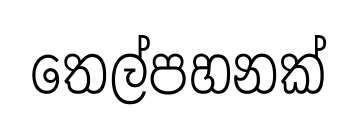
තෙල්පහනක්